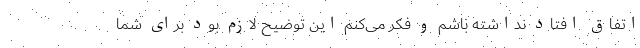
اتفاق افتاد نداشته باشم و فکر می‌کنم این توضیح لازم بود برای شما